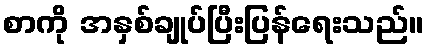
စာကို အနှစ်ချုပ်ပြီးပြန်ရေးသည်။